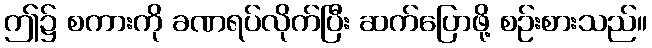
ဤ၌ စကားကို ခဏရပ်လိုက်ပြီး ဆက်ပြောဖို့ စဉ်းစားသည်။